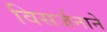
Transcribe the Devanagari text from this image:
विसर्जनाने